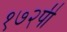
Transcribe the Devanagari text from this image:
१७२पी